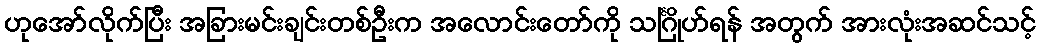
ဟုအော်လိုက်ပြီး အခြားမင်းချင်းတစ်ဦးက အလောင်းတော်ကို သင်္ဂြိုဟ်ရန် အတွက် အားလုံးအဆင်သင့်